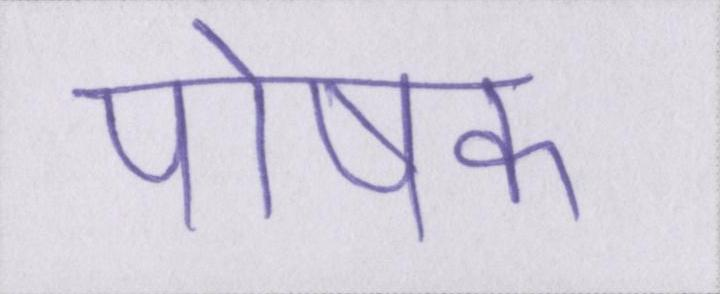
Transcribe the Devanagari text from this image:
पोषक